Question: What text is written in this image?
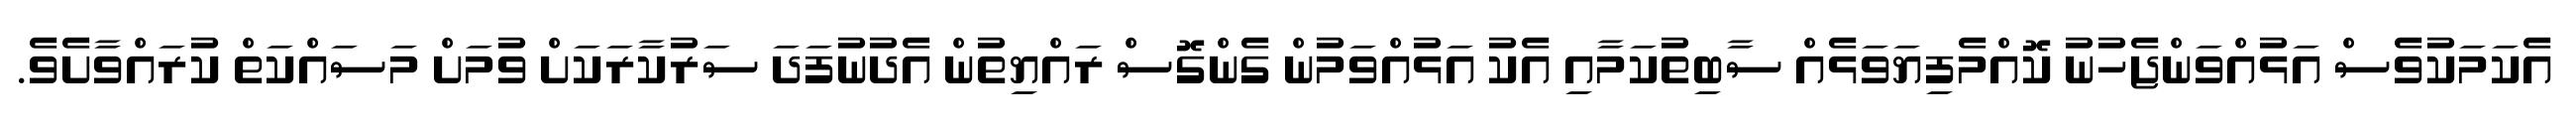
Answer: އެކަމަކުވެސް އަޅުއްވަންޖެހުނު ކޮއްމެފިޔަވަޅެއް ސާބިތުކަމާއި އެކު އަޅުއްވަމުން ގެންގޮސް ރައްޔިތުން އެދުނުފަދަ ސަރުކާރަކަށް ވުމަށް މަސައްކަތް ކުރައްވާށެވެ.